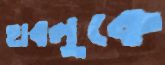
হাবলুকে